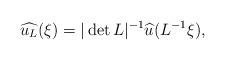
LaTeX: \begin{align*}\widehat{u_L}(\xi)=|\det L|^{-1}\widehat{u}(L^{-1}\xi),\end{align*}